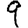
Digit: 9